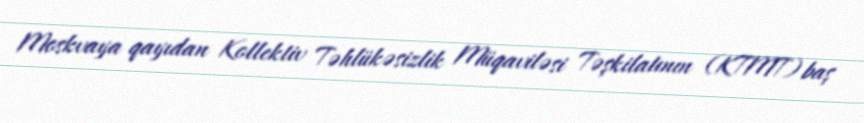
Moskvaya qayıdan Kollektiv Təhlükəsizlik Müqaviləsi Təşkilatının (KTMT) baş